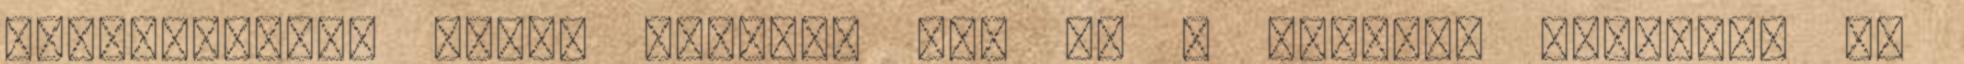
legszemetebb módon találta ki. Ám a szájaló továbbra is